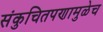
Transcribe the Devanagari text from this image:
संकुचितपणामुळेच